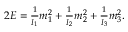
\begin{array} { r } { 2 E = \frac { 1 } { I _ { 1 } } m _ { 1 } ^ { 2 } + \frac { 1 } { I _ { 2 } } m _ { 2 } ^ { 2 } + \frac { 1 } { I _ { 3 } } m _ { 3 } ^ { 2 } . } \end{array}